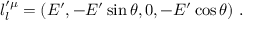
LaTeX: l _ { l } ^ { \prime \mu } = ( E ^ { \prime } , - E ^ { \prime } \sin \theta , 0 , - E ^ { \prime } \cos \theta ) ~ .